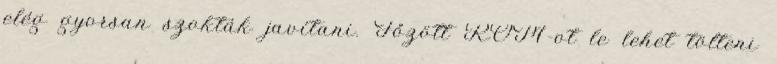
elég gyorsan szokták javítani. Főzött ROM-ot le lehet tölteni